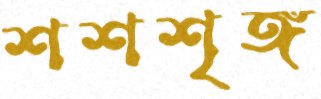
শশশৃঙ্গ